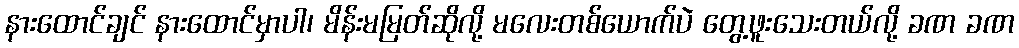
နားထောင်ချင် နားထောင်မှာပါ၊ မိန်းမမြတ်ဆိုလို့ မလေးတစ်ယောက်ပဲ တွေ့ဖူးသေးတယ်လို့ ခဏ ခဏ